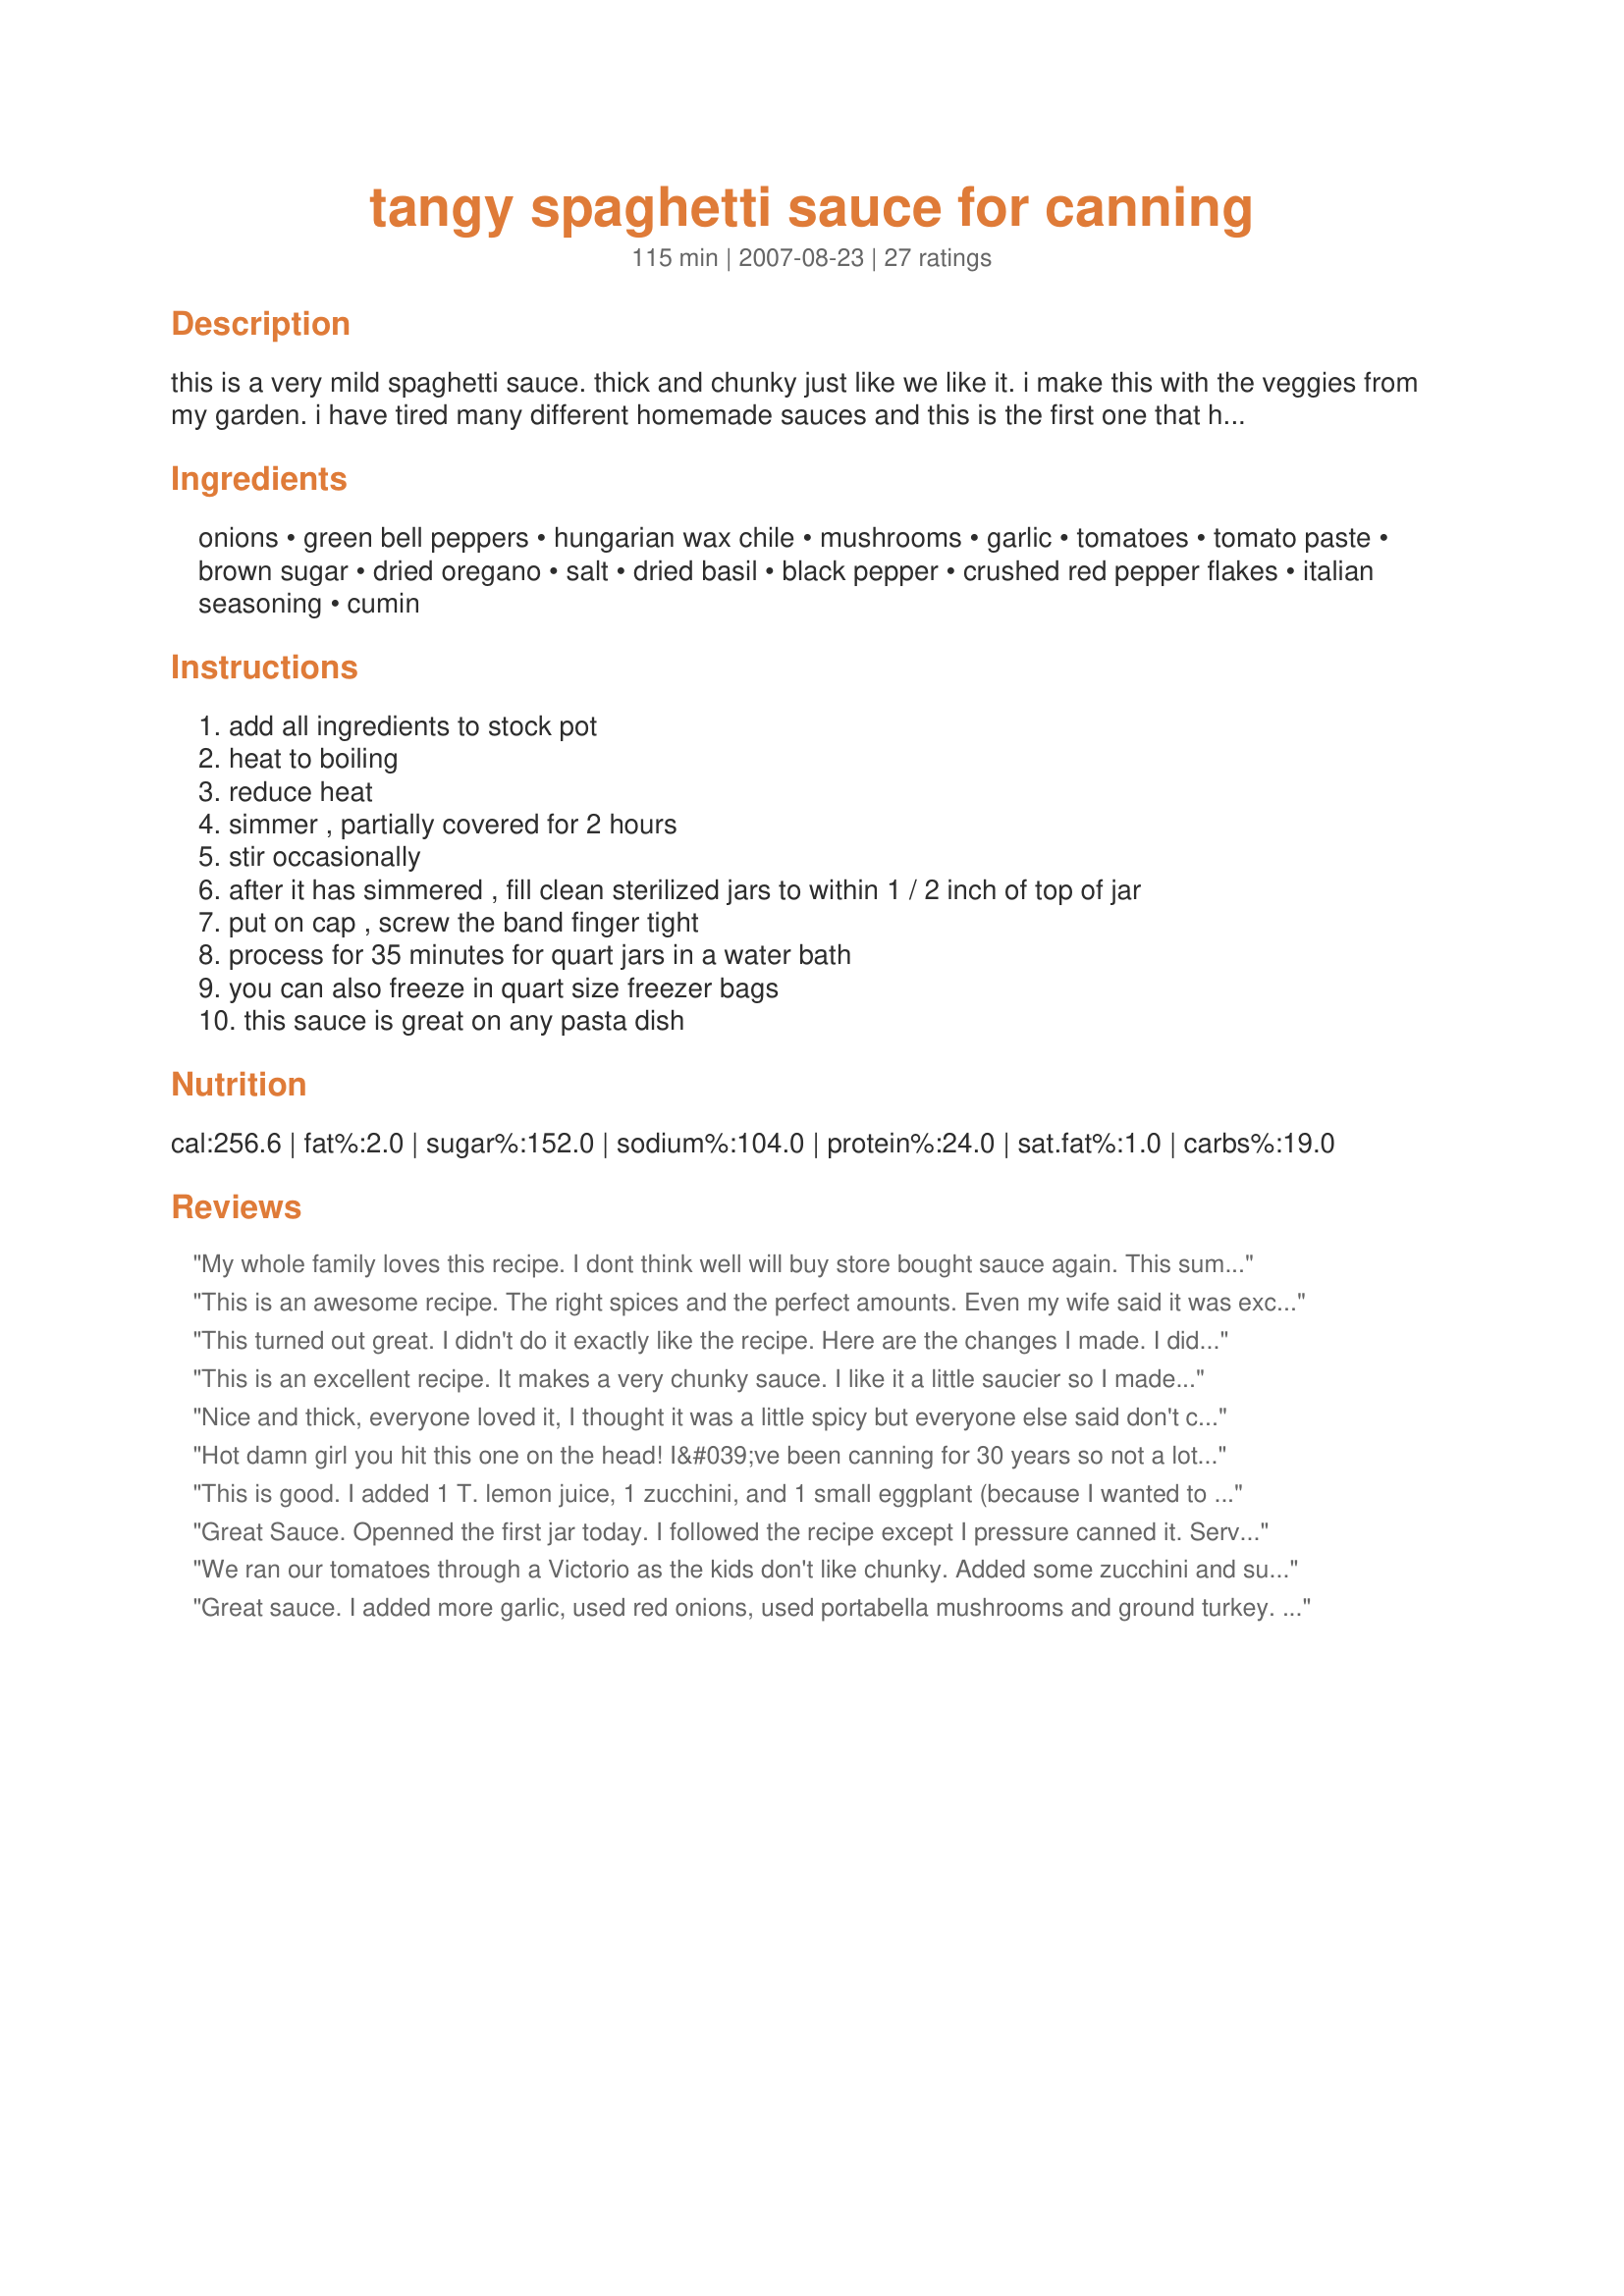
tangy spaghetti sauce for canning
Preparation time: 115 minutes

this is a very mild spaghetti sauce. thick and chunky just like we like it. i make this with the veggies from my garden. i have tired many different homemade sauces and this is the first one that has wowed my dh.

Ingredients:
onions, green bell peppers, hungarian wax chile, mushrooms, garlic, tomatoes, tomato paste, brown sugar, dried oregano, salt, dried basil, black pepper, crushed red pepper flakes, italian seasoning, cumin

Steps:
add all ingredients to stock pot
heat to boiling
reduce heat
simmer , partially covered for 2 hours
stir occasionally
after it has simmered , fill clean sterilized jars to within 1 / 2 inch of top of jar
put on cap , screw the band finger tight
process for 35 minutes for quart jars in a water bath
you can also freeze in quart size freezer bags
this sauce is great on any pasta dish

Reviews:
My whole family loves this recipe. I dont think well will buy store bought sauce again. This summer we made 49 quarts. Thanks for posting this recipe.
This is an awesome recipe. The right spices and the perfect amounts. Even my wife said it was excellent. A keeper for sure. Thanks
This turned out great. I didn't do it exactly like the recipe. Here are the changes I made. I didn't add the hugarian pepper (didn't have one), I used two packages of bella mushrooms cut up (I don't like the canned ones), spices I did all the same with the exception of some added fennel, then I added pureed zucchini, spinach and various colored peppers. The spinach made the sauce a little darker red but the added nutrition was worth it. It turned out pretty chunky so I threw some in the blender to smooth it out a bit. Also, the extra vegetables made it a little runnier so I added another can of tomato paste. I canned in a pressure cooker in pints. I wasn't sure about the timing - I did them for 35 minutes at 15 pounds pressure. We ate the extra today for dinner and it was great. Thanks! We'll be doing this every year.
This is an excellent recipe. It makes a very chunky sauce. I like it a little saucier so I made some smooth pureed tomato sauce as well and mixed them together before canning for a great sauce that has just enough chunkiness for us!
Nice and thick, everyone loved it, I thought it was a little spicy but everyone else said don't change a thing, make more. Thanks for sharing, this is a keeper.
Hot damn girl you hit this one on the head! I&#039;ve been canning for 30 years so not a lot of recipes turn my head-most are &quot;expected&quot;. This one-it turned my head, and then some. I did make some changes to suit our taste. I omited the canned mushrooms (google maggots and canned mushrooms), I added 1 cup of merlot wine, and 1/2 cup of red wine vinegar. I also upped the brown sugar to 1/4 cup. After an hour I tasted and added another 1/4 cup of white sugar. My husband likes a sweet sauce. The Italian Spice you called for, I used Tuscan. Everything else I kept as you posted. Well, I&#039;m hear to tell you this is one outstanding pasta sauce to can!!! I got 3 pints and 4 half pints plus 7 additional cups which I did not can. I&#039;m making spaghetti with meatballs tomorrow night so I am going to use that. The next time I make this (and that will be tomorrow as I have a LOAD of tomatoes) I will omit the black pepper. Mine may be off but I found it a titch sharp. Even then this is one amazing sauce. Like 10 star sauce! Thank you so much for posting!!!!! Dib&#039;s
This is good. I added 1 T. lemon juice, 1 zucchini, and 1 small eggplant (because I wanted to use it up). The flavor is really good, and I'm still cooking it down.
Great Sauce. Openned the first jar today. I followed the recipe except I pressure canned it. Served over stuffed shell.<br/>The only bad thing is I didn't can enough of it.
We ran our tomatoes through a Victorio as the kids don't like chunky. Added some zucchini and summer squash since we have an abundance. I think this is the all-time best sauce I've ever had! Sorry mom.
Great sauce. I added more garlic, used red onions, used portabella mushrooms and ground turkey. Of course, with the turkey, I had to pressure can instead of waterbath.
Just made this up today. It is delicious! I left out the canned mushrooms and added a large zuchinni and fresh basil from my garden. Also added a large hot green chili pepper instead of the wax chile. It is more spicy than tangy but I love this recipe...it makes up quite alot. Thanks for posting.
This sauce is wonderful. I put a small yellow chilli pepper in with no seeds, and it has just enough kick to it. Absolutely wonderful. Made 7 quarts on Sat., and another 7 on Sunday, with my son and daughter in law. They both just loved it. thank you<br/>Jan buesgens
I made this recipe exactly as written and it was wonderful. I gave a jar to my neighbor and he said it was the best, just enough tang. I have made 4 batches and am preparing to make another. I think I will up the brown sugar to 4 tablespoons this next batch and throw in some parsley. We simply love this recipe. Thank you for posting.
I loved it! Very easy and the taste is WAY better than the boughten stuff! I ended up making 6 batches! Thanks so much for sharing this great recipe. :)
Great sauce! Made 2 batches!
This is one great recipe!! My aunt recommended it to me, and I've made (and canned) three batches already!! Although I must cook mine down quite a bit, b/c I only get 5 qts and not the 7-8 noted in the recipe.<br/>I made one major change that I would highly recommend - to be safe when canning tomatoes, all recipes MUST be acidified, otherwise you run the risk of spoilage. B/c of that, I added 1/2 cup red wine vinegar and 3/4 cup lemon juice, and upped the brown sugar to 1/4 cup. It may sound like a lot of acid, but it is needed to keep my (and your) family safe.<br/>other than that, this is one amazing recipe, I'm sure it will taste better after sitting in the jars for a few weeks/months.
I have canned 3 batches of this recipe this summer using tomatoes, peppers, onions and herbs from my vegetable garden. I have used this sauce for homemade pizza from scratch, spaghetti and lasagna as well. The sauce is a great sauce. A little sweet and that is what I love about it the most. When I cann it, I use quart, pint & half pint jars so that I will have a variety of sizes for whatever I decide to fix, & so none goes to waste by opening a jar too big for what I am fixing. Thank you so much for this recipe.
I am going to give this 5 stars before I can even taste it. I am water bathing as we speak. I made this up this morning and have never made spaghetti sauce before. WOW! The aroma is unbeatable. I just called for 2 more bushels of tomatoes and want to make tons of this!! I didn't have 3 cans of paste so used 2. Seemed to thicken up nicely. Will add more "stuff" next batch eg: mushrooms etc.
Thanks a million for the great recipe!
This was my first time canning spaghetti sauce and I saw this recipe and it looked good so I tried it...I loved it!! I'm making my second batch today. Thanks so much for summiting it!!
Love this recipe. It didn&#039;t say to remove the skins from the tomatoes, but I did. 10-15 seconds in boiling water and the skins come right off. I just made this and I intend to freeze it.
This was great!
I just tried this with the abundance of tomatoes right now it was a great way to use some of them up.
Excellent flavor, now I am set for the winter.
This spaghetti sauce was delicious! Thank you for sharing.
This was good sauce, but I wasn't crazy about the cumin in it. I think if I made it again I would omit it. I cut the recipe in half and just froze the leftovers in Freezer bags instead of canning. Potzi
Delicious!!! Made the recipe as directed and wouldn&#039;t change a thing. I did blend it to make it smooth. Thanks for sharing your keeper recipe!
This is a great recipe! Txs for sharing. I did however add 3/4 cup of white sugar to tame some of the tangy tomato taste and I also used garlic salt instead of fresh garlic. I will definately make this again once the garden tomato's are ready!
Great recipe! I made it last year and again this year. Since there are only two of us, I use pint jars.
